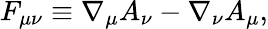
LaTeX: F_{\mu\nu}\equiv\nabla_{\mu}A_{\nu}-\nabla_{\nu}A_{\mu},